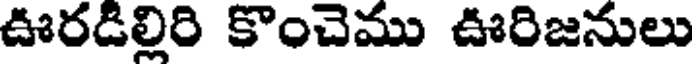
ఊరడిల్లిరి కొంచెము ఊరిజనులు